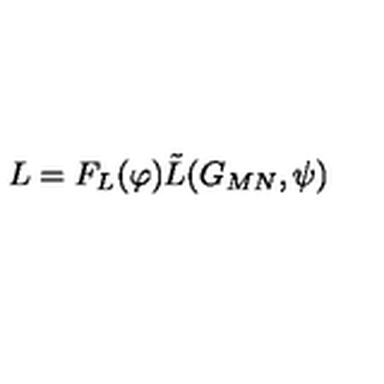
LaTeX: L = F _ { L } ( \varphi ) \tilde { L } ( G _ { M N } , \psi )